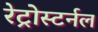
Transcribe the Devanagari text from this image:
रेट्रोस्टर्नल